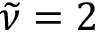
\widetilde \nu = 2